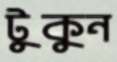
টুকুন